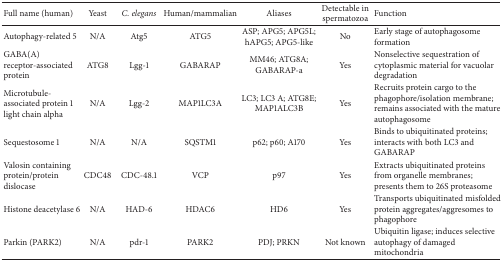
<table><thead><tr><td><b>Full name (human)</b></td><td><b>Yeast</b></td><td><b><i>C. elegans </i></b></td><td><b>Human/mammalian</b></td><td><b>Aliases</b></td><td><b>Detectable in spermatozoa </b></td><td><b>Function</b></td></tr></thead><tbody><tr><td>Autophagy-related 5</td><td>N/A</td><td>Atg5</td><td>ATG5</td><td>ASP; APG5; APG5L; hAPG5; APG5-like</td><td>No</td><td>Early stage of autophagosome formation </td></tr><tr><td>GABA(A) receptor-associated protein</td><td>ATG8</td><td>Lgg-1</td><td>GABARAP</td><td>MM46; ATG8A; GABARAP-a</td><td>Yes</td><td>Nonselective sequestration of cytoplasmic material for vacuolar degradation</td></tr><tr><td>Microtubule-associated protein 1 light chain alpha</td><td>N/A</td><td>Lgg-2</td><td>MAP1LC3A</td><td>LC3; LC3 A; ATG8E; MAP1ALC3B</td><td>Yes</td><td>Recruits protein cargo to the phagophore/isolation membrane; remains associated with the mature autophagosome</td></tr><tr><td>Sequestosome 1</td><td>N/A</td><td>N/A</td><td>SQSTM1</td><td>p62; p60; A170</td><td>Yes</td><td>Binds to ubiquitinated proteins; interacts with both LC3 and GABARAP</td></tr><tr><td>Valosin containing protein/protein dislocase</td><td>CDC48</td><td>CDC-48.1</td><td>VCP</td><td>p97</td><td>Yes</td><td>Extracts ubiquitinated proteins from organelle membranes; presents them to 26S proteasome </td></tr><tr><td>Histone deacetylase 6</td><td>N/A</td><td>HAD-6</td><td>HDAC6</td><td>HD6</td><td>Yes</td><td>Transports ubiquitinated misfolded protein aggregates/aggresomes to phagophore </td></tr><tr><td>Parkin (PARK2)</td><td>N/A</td><td>pdr-1</td><td>PARK2</td><td>PDJ; PRKN</td><td>Not known</td><td>Ubiquitin ligase; induces selective autophagy of damaged mitochondria </td></tr></tbody></table>